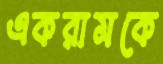
একরামকে